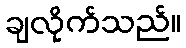
ချလိုက်သည်။